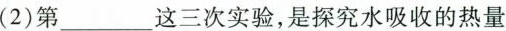
(2)第___这三次实验，是探究水吸收的热量